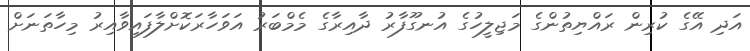
އަދި އޭގެ ކުރިން ރައްޔިތުންގެ މަޖިލީހުގެ އުނގޫފާރު ދާއިރާގެ މެމްބަރު އަވަހާރަކޮށްލާފައިވާއިރު މިހާތަނަށް